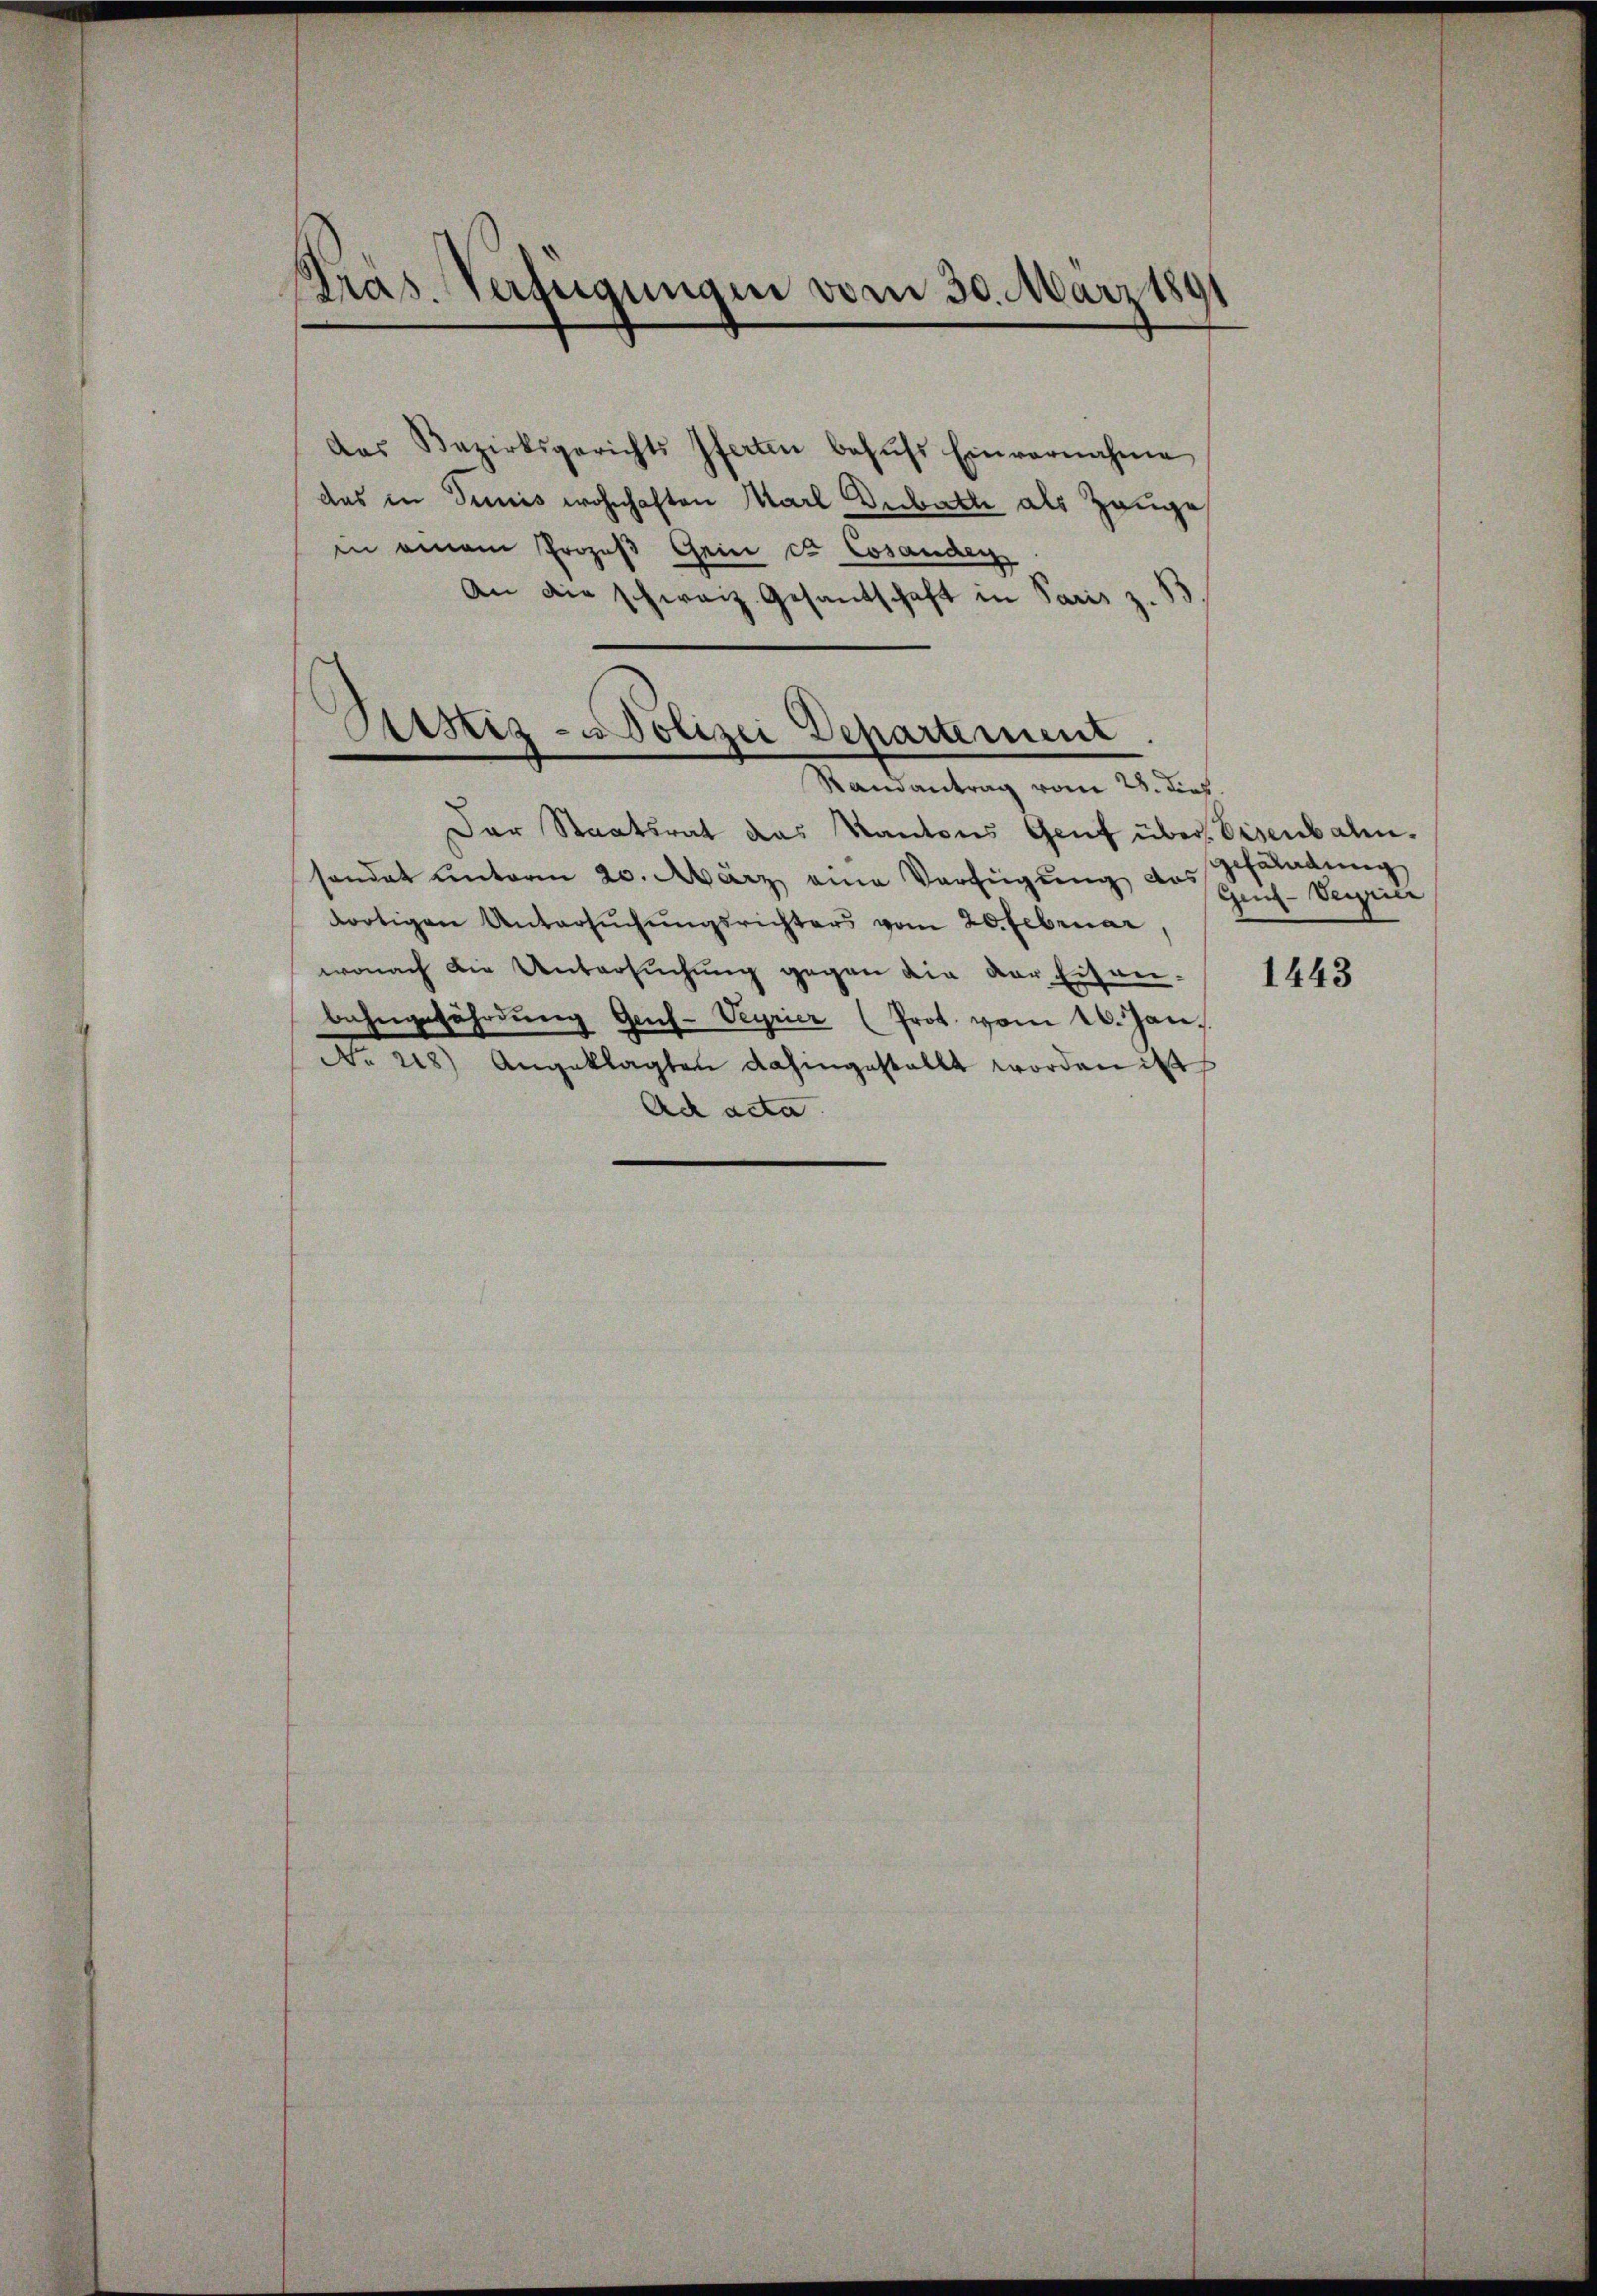
pras. Verfügungen vom 30. März 1891

das Bezirksgerichts ferten behŭfs Einvernahme
das in Denis wohnhaften Marl Debatte als Zeuge
in einem Prozeß Gein et Cosanden
An die schweiz. Gesandschaft in Paris z. S

Sistiz- u Polizei Departement.

Randantrag vom 28. dies
Der Staatsrat das Kantons Genf über, Eisenbahn.
sondet unterm 20. März eine Verfügung des Gefäladung
dortigen Untersŭchŭngsrichters vom 20. Februar,
wonach die Untersuchung gegen die der Eisenbahngefährdung Gens-Veyrier (Prot. vom 16. Jan.
No 228) Angeklagten dahingestallt worden ist
Ach acta.

Gen-Verrier

1443